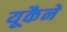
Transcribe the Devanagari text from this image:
यूकैने